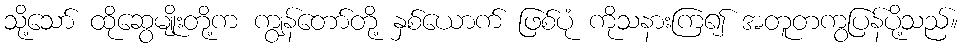
သို့သော် ထိုဆွေမျိုးတို့က ကျွန်တော်တို့ နှစ်ယောက် ဖြစ်ပုံ ကိုသနားကြ၍ အတူတကွပြန်ပို့သည်။